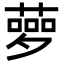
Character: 𦻸